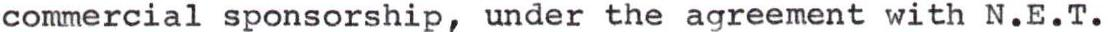
commercial sponsorship, under the agreement with N.E.T.